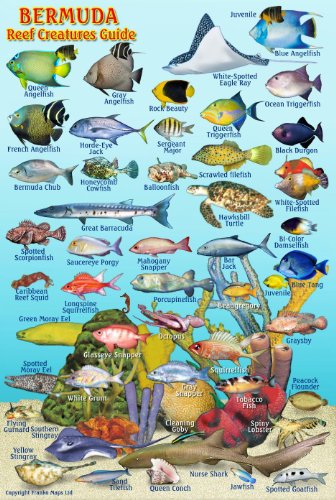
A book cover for Bermuda Reef Creatures Guide Franko Maps Laminated Fish Card 4" x 6"; Franko Maps Ltd.; Travel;